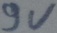
Text: 9V